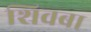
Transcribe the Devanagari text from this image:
शिवबा